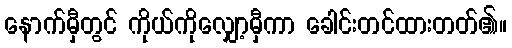
နောက်မှီတွင် ကိုယ်ကိုလျှော့မှီကာ ခေါင်းတင်ထားတတ်၏။